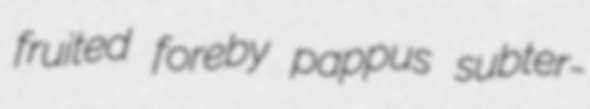
fruited foreby pappus subter-